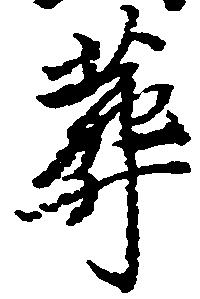
葬